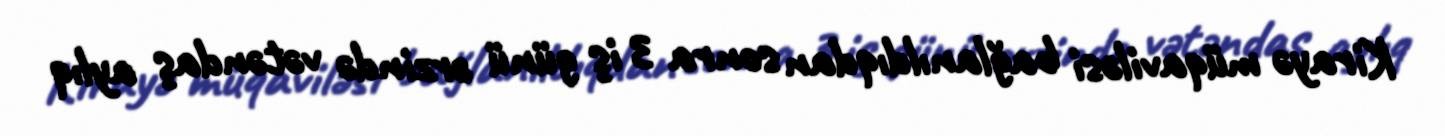
Kirayə müqaviləsi bağlanıldıqdan sonra 3 iş günü ərzində vətəndaş aylıq